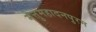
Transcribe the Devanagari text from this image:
मेत्तुमहादनपुरम